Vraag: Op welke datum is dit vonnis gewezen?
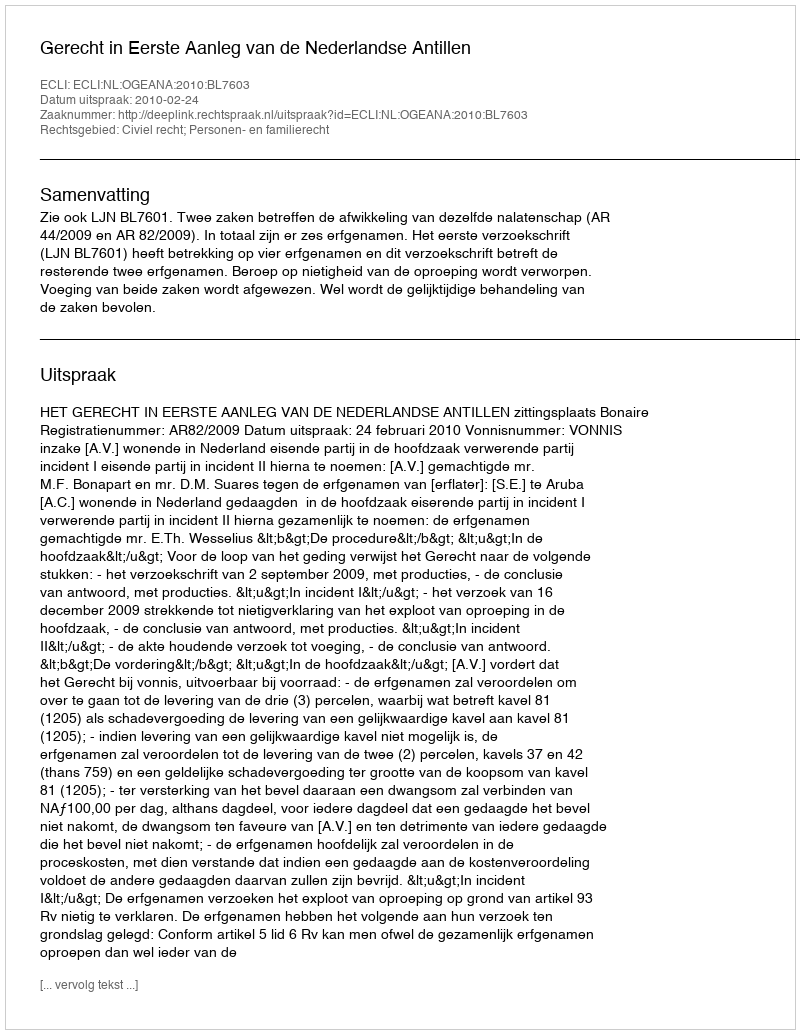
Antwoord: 2010-02-24